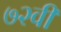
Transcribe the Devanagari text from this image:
७२वीं